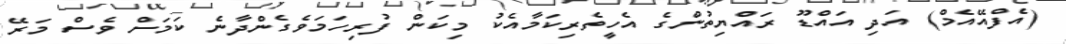
(އެފްއޭއެމް) އަދި އައްޑޫ ރައްޔިތުންގެ އެހީތެރިކަމާއެކު މިކަން ފުރިހަމަވެގެންދާނެ ކަމަށް ވެސް މަރޭ